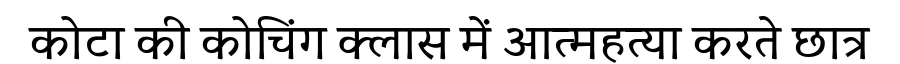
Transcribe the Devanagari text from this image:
कोटा की कोचिंग क्लास में आत्महत्या करते छात्र